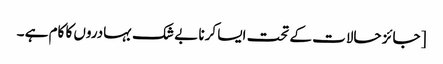
[ جائز حالات کے تحت ایسا کرنا بے شک بہادروں کا کام ہے ۔